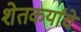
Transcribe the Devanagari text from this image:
शेतकर्यांचे